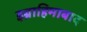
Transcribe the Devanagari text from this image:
इब्राहिमाबाद